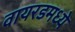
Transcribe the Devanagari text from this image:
वायरडमध्ये